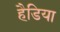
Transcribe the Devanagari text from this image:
हैडिया